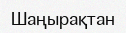
Шаңырақтан